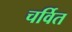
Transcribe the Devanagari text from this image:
चर्वित